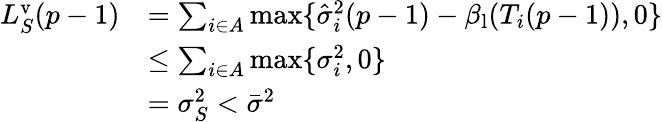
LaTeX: \begin{array}{rl}{L_{S}^{\mathrm{v}}(p-1)}&{=\sum_{i\in A}\operatorname*{max}\{ \hat{\sigma}_{i}^{2}(p-1)-\beta_{\mathrm{l}}(T_{i}(p-1)),0\} }\\ &{\leq\sum_{i\in A}\operatorname*{max}\{ \sigma_{i}^{2},0\} }\\ &{=\sigma_{S}^{2}<\bar{\sigma}^{2}}\end{array}